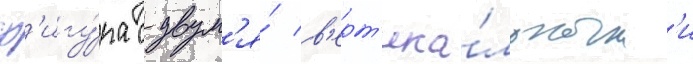
ф'игу́ра с двум'я́ в'ерт'ика́льным'и